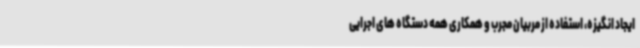
ایجاد انگیزه، استفاده از مربیان مجرب و همکاری همه دستگاه های اجرایی